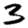
Digit: 3